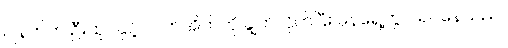
ဂျဲနက်က ဦးထုပ်နှင့် လက်အိတ်ကို ချွတ်လိုက်ပြီး မှန်ရှေ့တွင် ရပ်နေသည်။